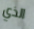
الذي